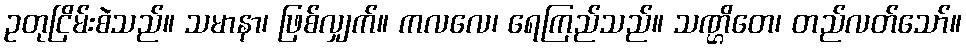
ဥတုငြိမ်းစဲသည်။ သမာနာ၊ ဖြစ်လျှက်။ ကလလေ၊ ရေကြည်သည်။ သဏ္ဌိတေ၊ တည်လတ်သော်။